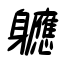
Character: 軈